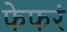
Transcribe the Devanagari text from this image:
फेफरं